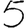
Digit: 5